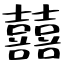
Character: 囍